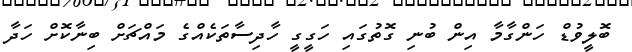
ބޮލީވުޑް ހަންގާމާ އިން ބުނި ގޮތުގައި ހަގީގީ ހާދިސާތަކެއްގެ މައްޗަށް ބިނާކޮށް ހަދާ